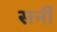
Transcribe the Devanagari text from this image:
सर्नी